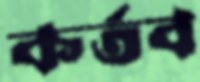
কর্তব